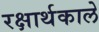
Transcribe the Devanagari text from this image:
रक्षार्थकाले